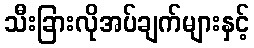
သီးခြားလိုအပ်ချက်များနှင့်